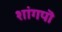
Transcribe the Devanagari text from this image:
शांगपॊ